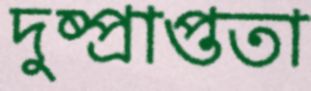
দুষ্প্রাপ্ততা